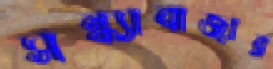
সন্ধ্যাবাজার